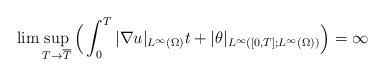
LaTeX: \begin{align*}\lim \sup_{ T \rightarrow \overline{T}} \Big(\int_0^T |\nabla u|_{ L^\infty(\Omega)}t+|\theta|_{L^\infty([0,T];L^\infty(\Omega))}\Big)=\infty\end{align*}